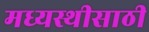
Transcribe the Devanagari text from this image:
मध्यस्थीसाठी